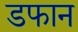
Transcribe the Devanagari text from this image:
डफान